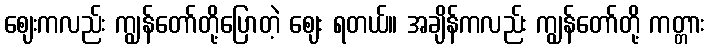
ဈေးကလည်း ကျွန်တော်တို့ပြောတဲ့ ဈေး ရတယ်။ အချိန်ကလည်း ကျွန်တော်တို့ ကတ္တား